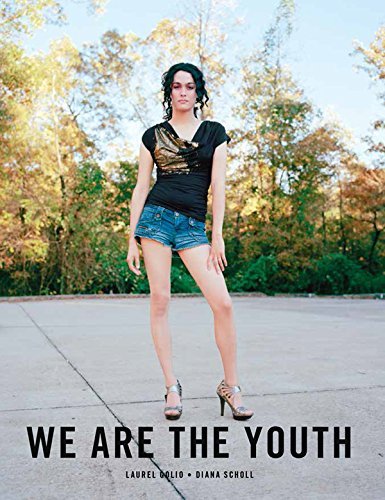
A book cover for We Are the Youth; Laurel Golio; Gay & Lesbian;